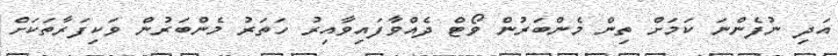
އަދި ނުފެންނަ ކަމަށް ތިން މެންބަރުން ވޯޓް ދެއްވާފައިވާއިރު ހަތަރު މެންބަރުން ވަކިފަރާތަކަށް